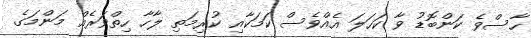
ހާސްވެ ކަންބޮޑު ވާ ކަހަލަ އެއްވެސް ކަމަކާއި ކުރިމަތި ލާހާ ހިތްވަރެއް މަންމަގެ